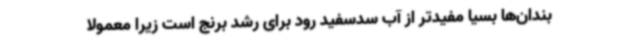
بندان‌ها بسیا مفیدتر از آب سدسفید رود برای رشد برنج است زیرا معمولا